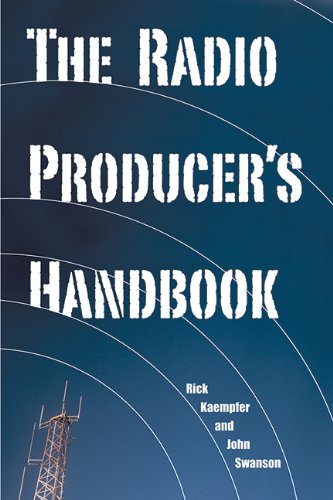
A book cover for The Radio Producer's Handbook; Rick Kaempfer; Humor & Entertainment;